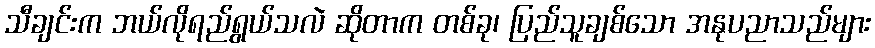
သီချင်းက ဘယ်လိုရည်ရွယ်သလဲ ဆိုတာက တစ်ခု၊ ပြည်သူချစ်သော အနုပညာသည်များ